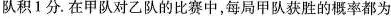
队积1分。在甲队对乙队的比赛中，每局甲队获胜的概率都为